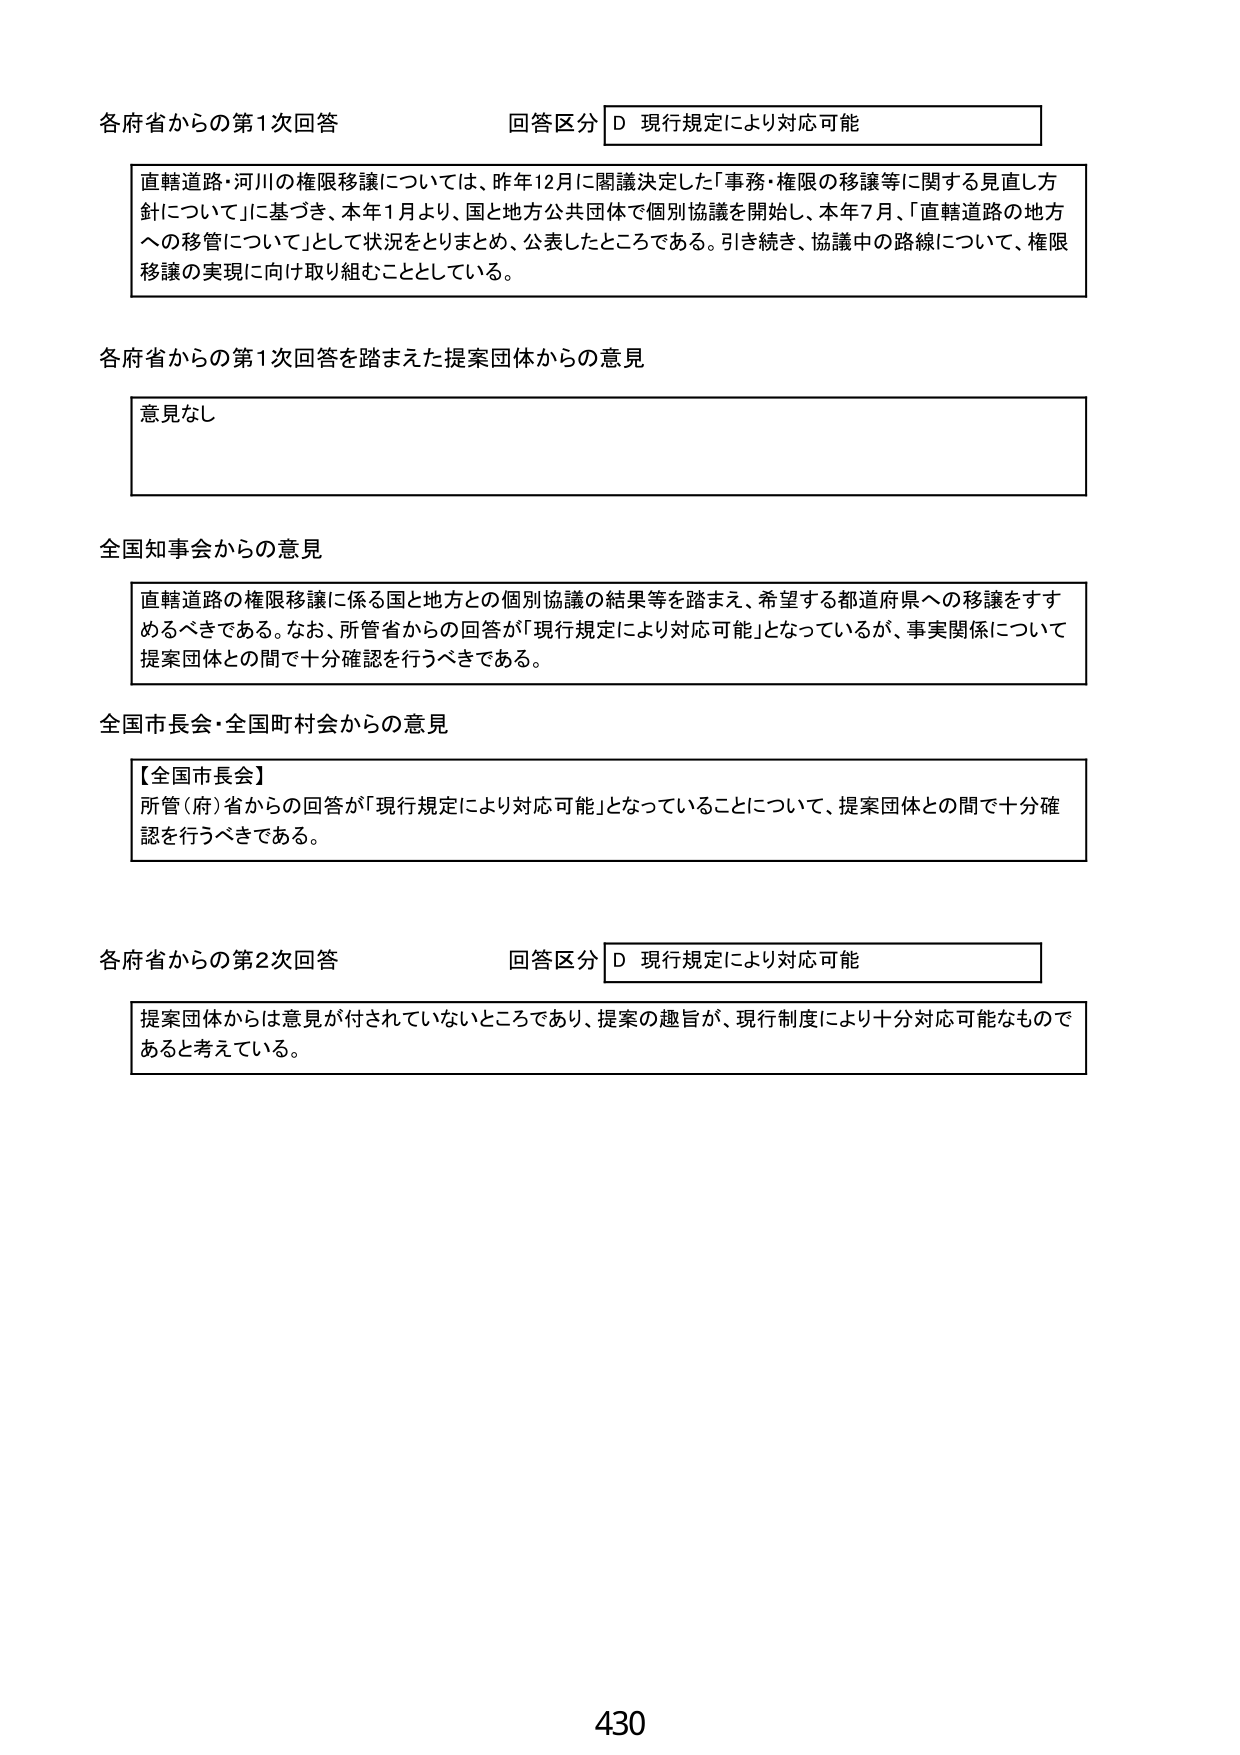
各府省からの第1次回答 回答区分 D 現行規定により対応可能

直轄道路・河川の権限移譲については、昨年12月に閣議決定した「事務・権限の移譲等に関する見直し方針について」に基づき、本年1月より、国と地方公共団体で個別協議を開始し、本年7月、「直轄道路の地方への移管について」として状況をとりまとめ、公表したところである。引き続き、協議中の路線について、権限移譲の実現に向け取り組むこととしている。

各府省からの第1次回答を踏まえた提案団体からの意見

意見なし

全国知事会からの意見

直轄道路の権限移譲に係る国と地方との個別協議の結果等を踏まえ、希望する都道府県への移譲をすすめるべきである。なお、所管省からの回答が「現行規定により対応可能」となっているが、事実関係について提案団体との間で十分確認を行うべきである。

全国市長会・全国町村会からの意見

【全国市長会】
所管（府）省からの回答が「現行規定により対応可能」となっていることについて、提案団体との間で十分確認を行うべきである。

各府省からの第2次回答 回答区分 D 現行規定により対応可能

提案団体からは意見が付されていないところであり、提案の趣旨が、現行制度により十分対応可能なものであると考えている。

430